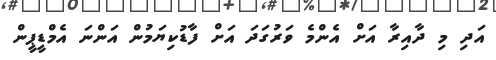
އަދި މި ދާއިރާ އަށް އެންމެ ވަރުގަދަ އަށް ފާޑުކިޔަމުން އަންނަ އެމްޑީޕީން